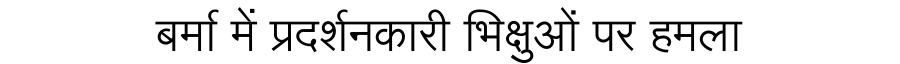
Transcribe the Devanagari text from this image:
बर्मा में प्रदर्शनकारी भिक्षुओं पर हमला